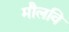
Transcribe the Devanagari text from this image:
मौलवि